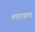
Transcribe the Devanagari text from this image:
लावल